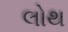
લોથ